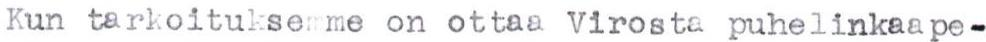
Kun tarkoituksemme on ottaa Virosta puhelinkaape-